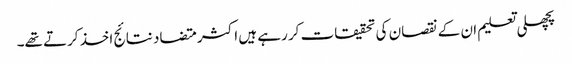
پچھلی تعلیم ان کے نقصان کی تحقیقات کر رہے ہیں اکثر متضاد نتائج اخذ کرتے تھے۔